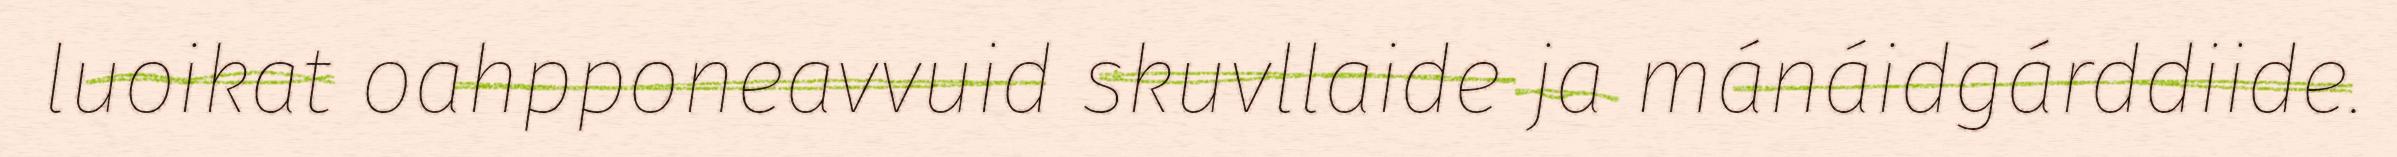
luoikat oahpponeavvuid skuvllaide ja mánáidgárddiide.